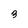
Character: 3